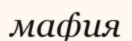
мафия